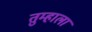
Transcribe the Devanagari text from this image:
तुम्हालां